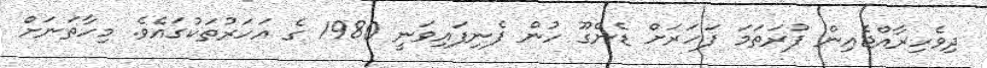
ދިވެހިރާއްޖެއިން ފުރަތަމަ ފަހަރަށް ޑެންގޫ ހުން ފެނިފައިވަނީ 1980 ގެ އަހަރުތަކުގައެވެ. މިހާތަނަށް